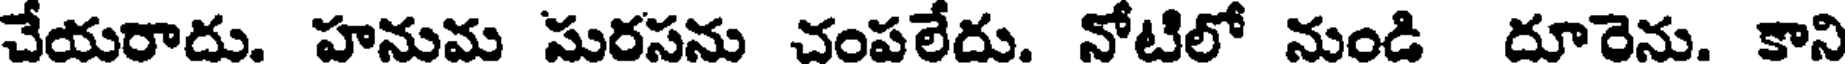
చేయరాదు. హనుమ సురసను చంపలేదు. నోటిలో నుండి దూరెను. కాని